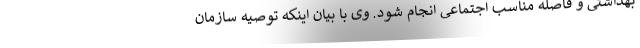
بهداشتی و فاصله مناسب اجتماعی انجام شود. وی با بیان اینکه توصیه سازمان